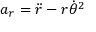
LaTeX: a _ { r } = { \ddot { r } } - r { \dot { \theta } } ^ { 2 }